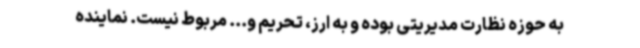
به حوزه نظارت مدیریتی بوده و به ارز، تحریم و... مربوط نیست. نماینده